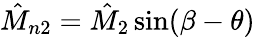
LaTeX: \hat{M}_{n2}=\hat{M}_{2}\sin(\beta-\theta)